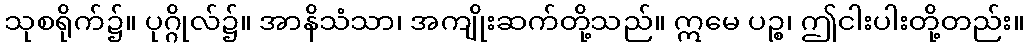
သုစရိုက်၌။ ပုဂ္ဂိုလ်၌။ အာနိသံသာ၊ အကျိုးဆက်တို့သည်။ ဣမေ ပဉ္စ၊ ဤငါးပါးတို့တည်း။